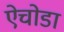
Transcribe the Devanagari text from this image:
ऐचोडा